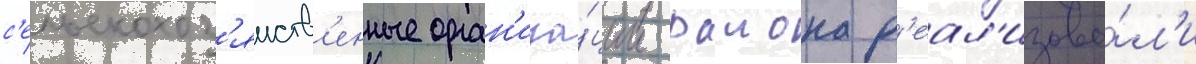
с'ельскохоз'яиств'енные орган'иза́ции раиона р'еал'изова́л'и